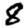
Digit: 8